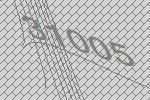
31005